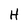
Character: H